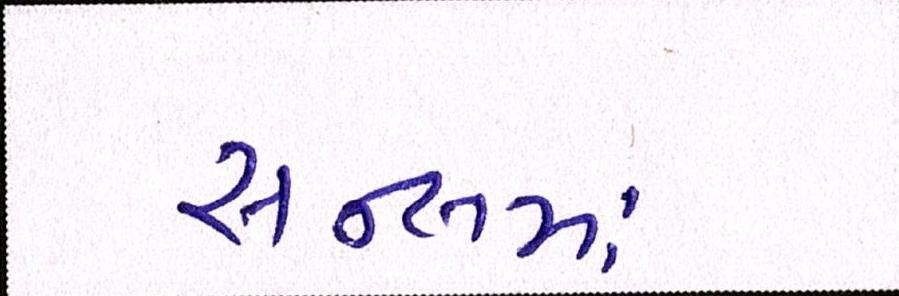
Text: સન્સમાં